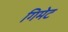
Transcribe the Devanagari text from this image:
गिमेट